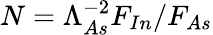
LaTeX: N=\Lambda_{As}^{-2}F_{In}/F_{As}